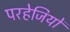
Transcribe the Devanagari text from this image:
परहेजियों